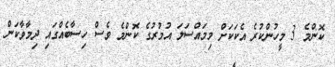
ކޮންމެ 3 މީހުންކުރެ އެކަކަށް މިމައްސަލަ އުމުރުގެ ކޮންމެ ވެސް ހިސާބެއްގައި ދިމާވާކަން